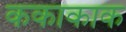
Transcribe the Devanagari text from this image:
ककाकाक